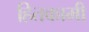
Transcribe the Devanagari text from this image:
हितकामी